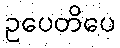
ဥပေတိပေ